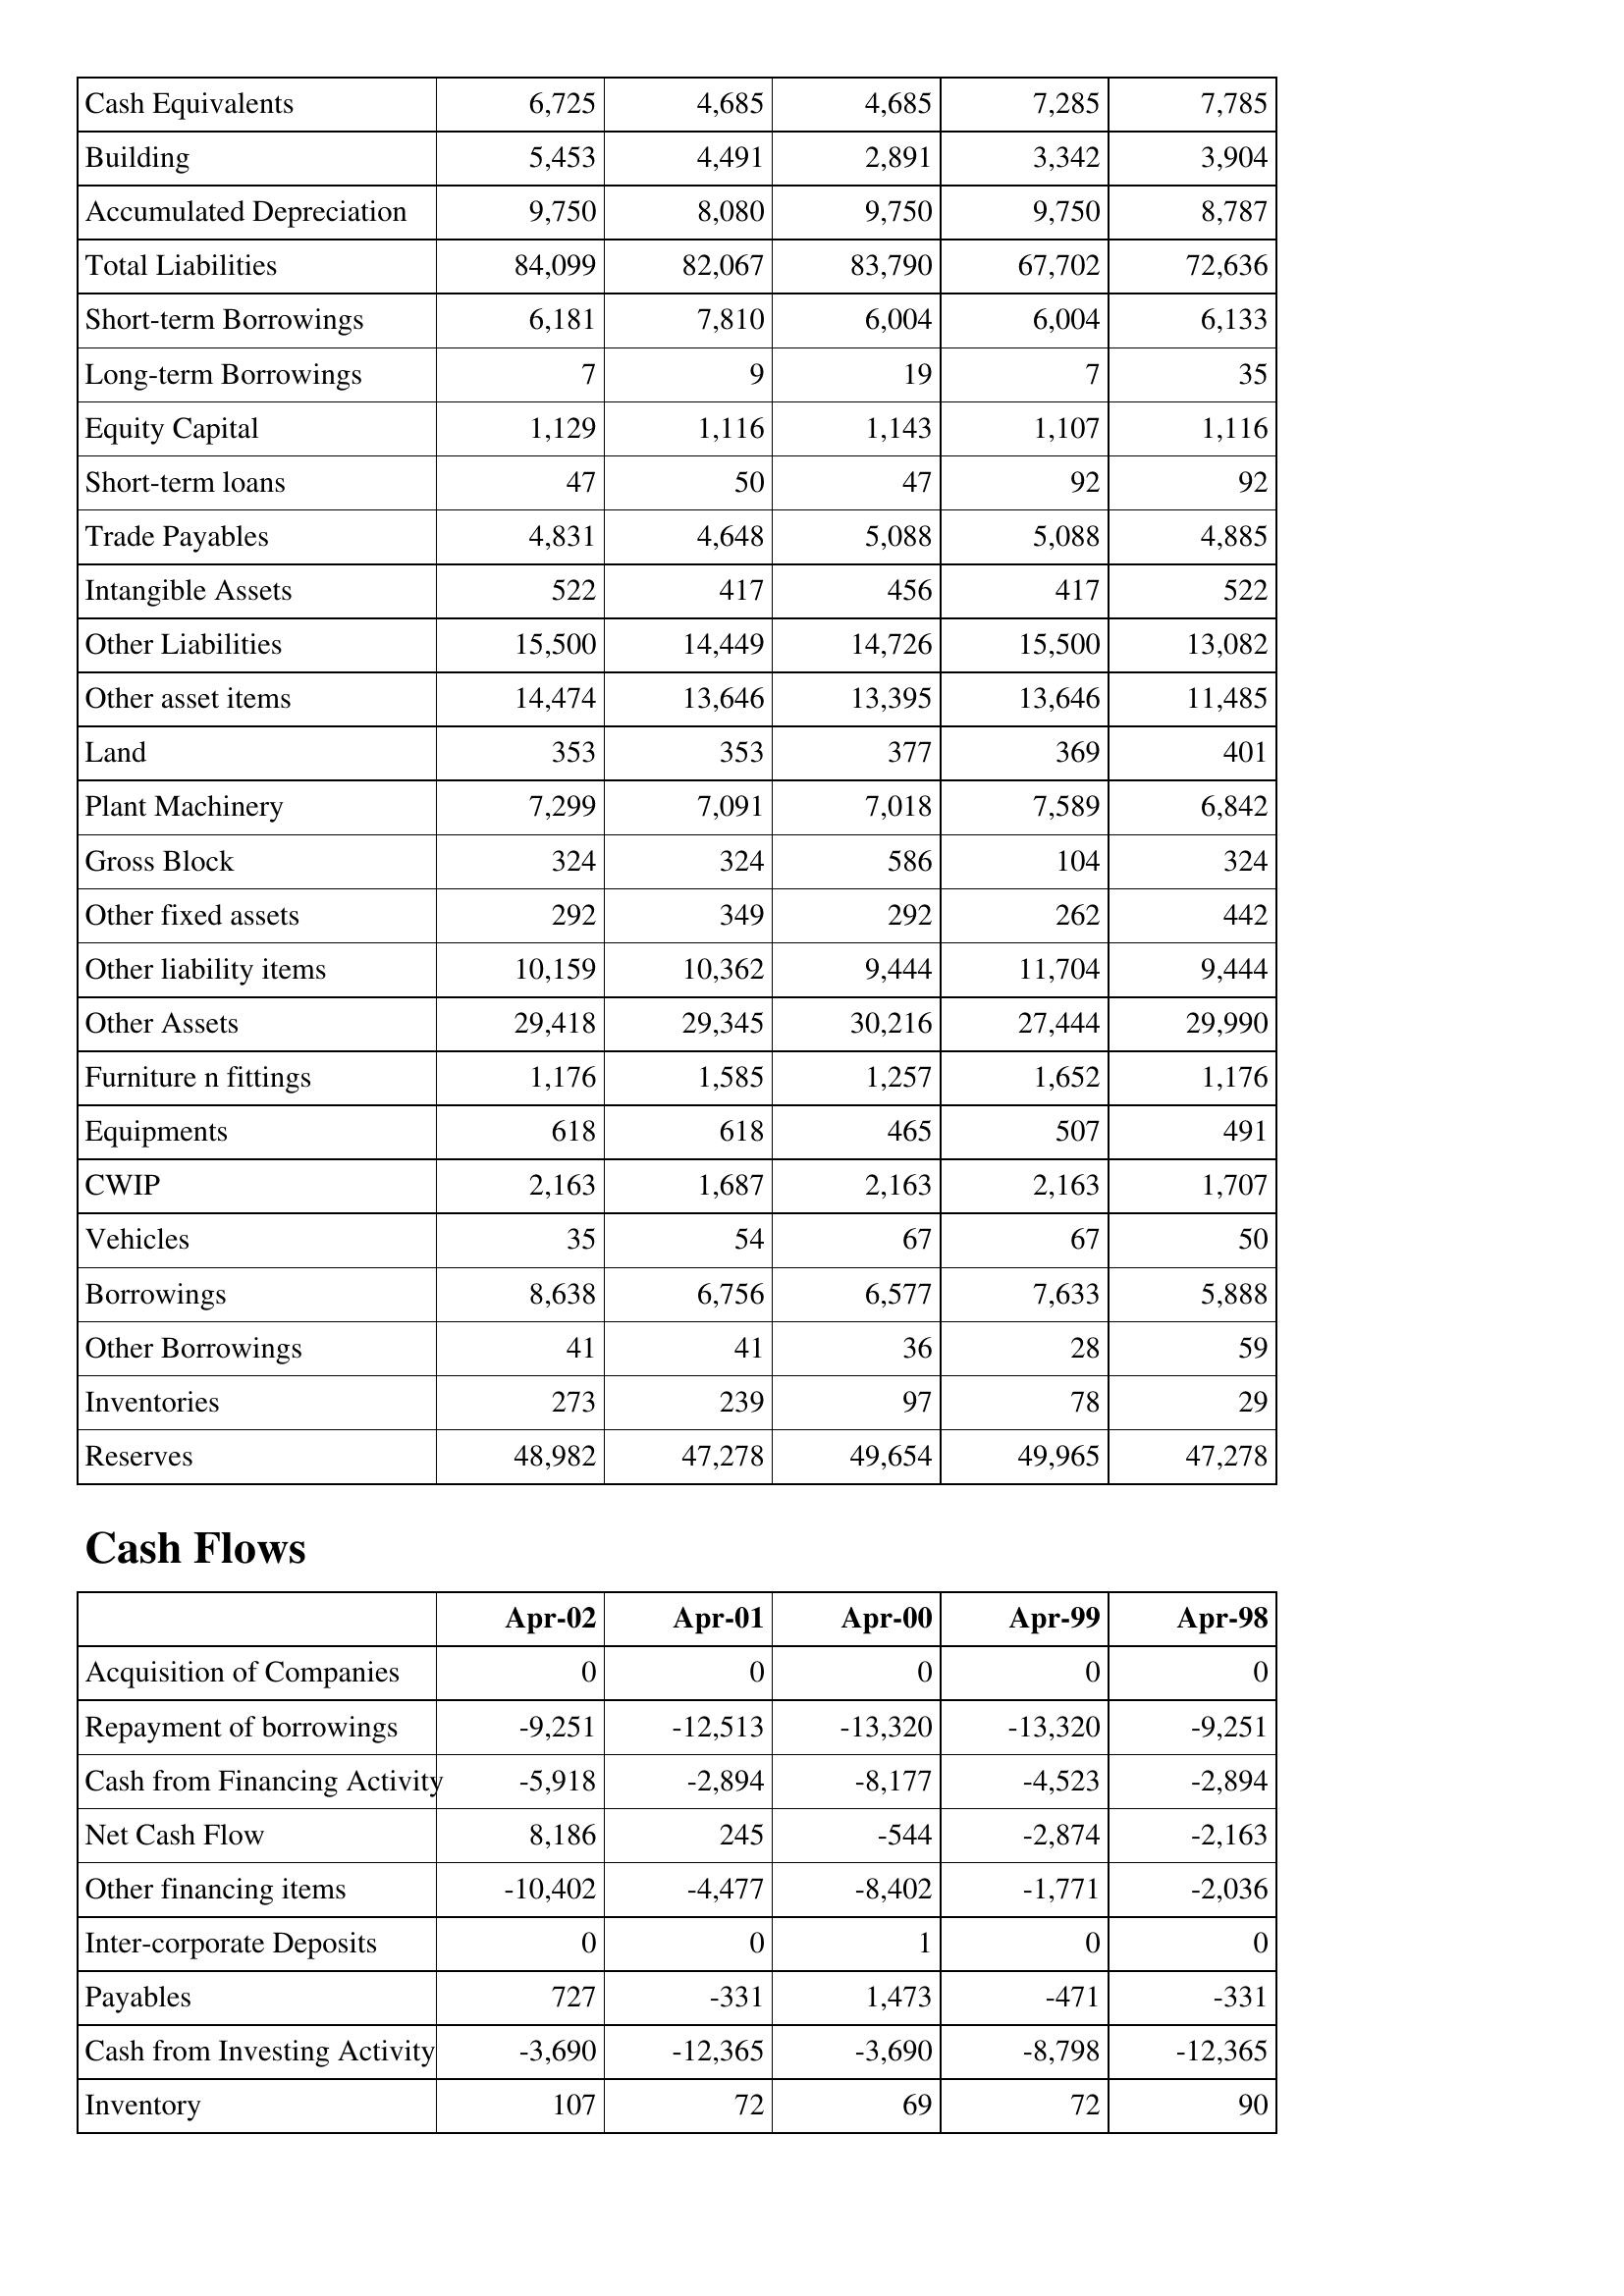
Apr-02: Balance Sheet: Cash Equivalents: 6,725
Building: 5,453
Accumulated Depreciation: 9,750
Total Liabilities: 84,099
Short-term Borrowings: 6,181
Long-term Borrowings: 7
Equity Capital: 1,129
Short-term loans: 47
Trade Payables: 4,831
Intangible Assets: 522
Other Liabilities: 15,500
Other asset items: 14,474
Land: 353
Plant Machinery: 7,299
Gross Block: 324
Other fixed assets: 292
Other liability items: 10,159
Other Assets: 29,418
Furniture n fittings: 1,176
Equipments: 618
CWIP: 2,163
Vehicles: 35
Borrowings: 8,638
Other Borrowings: 41
Inventories: 273
Reserves: 48,982
Cash Flows: Acquisition of Companies: 0
Repayment of borrowings: -9,251
Cash from Financing Activity: -5,918
Net Cash Flow: 8,186
Other financing items: -10,402
Inter-corporate Deposits: 0
Payables: 727
Cash from Investing Activity: -3,690
Inventory: 107
Apr-01: Balance Sheet: Cash Equivalents: 4,685
Building: 4,491
Accumulated Depreciation: 8,080
Total Liabilities: 82,067
Short-term Borrowings: 7,810
Long-term Borrowings: 9
Equity Capital: 1,116
Short-term loans: 50
Trade Payables: 4,648
Intangible Assets: 417
Other Liabilities: 14,449
Other asset items: 13,646
Land: 353
Plant Machinery: 7,091
Gross Block: 324
Other fixed assets: 349
Other liability items: 10,362
Other Assets: 29,345
Furniture n fittings: 1,585
Equipments: 618
CWIP: 1,687
Vehicles: 54
Borrowings: 6,756
Other Borrowings: 41
Inventories: 239
Reserves: 47,278
Cash Flows: Acquisition of Companies: 0
Repayment of borrowings: -12,513
Cash from Financing Activity: -2,894
Net Cash Flow: 245
Other financing items: -4,477
Inter-corporate Deposits: 0
Payables: -331
Cash from Investing Activity: -12,365
Inventory: 72
Apr-00: Balance Sheet: Cash Equivalents: 4,685
Building: 2,891
Accumulated Depreciation: 9,750
Total Liabilities: 83,790
Short-term Borrowings: 6,004
Long-term Borrowings: 19
Equity Capital: 1,143
Short-term loans: 47
Trade Payables: 5,088
Intangible Assets: 456
Other Liabilities: 14,726
Other asset items: 13,395
Land: 377
Plant Machinery: 7,018
Gross Block: 586
Other fixed assets: 292
Other liability items: 9,444
Other Assets: 30,216
Furniture n fittings: 1,257
Equipments: 465
CWIP: 2,163
Vehicles: 67
Borrowings: 6,577
Other Borrowings: 36
Inventories: 97
Reserves: 49,654
Cash Flows: Acquisition of Companies: 0
Repayment of borrowings: -13,320
Cash from Financing Activity: -8,177
Net Cash Flow: -544
Other financing items: -8,402
Inter-corporate Deposits: 1
Payables: 1,473
Cash from Investing Activity: -3,690
Inventory: 69
Apr-99: Balance Sheet: Cash Equivalents: 7,285
Building: 3,342
Accumulated Depreciation: 9,750
Total Liabilities: 67,702
Short-term Borrowings: 6,004
Long-term Borrowings: 7
Equity Capital: 1,107
Short-term loans: 92
Trade Payables: 5,088
Intangible Assets: 417
Other Liabilities: 15,500
Other asset items: 13,646
Land: 369
Plant Machinery: 7,589
Gross Block: 104
Other fixed assets: 262
Other liability items: 11,704
Other Assets: 27,444
Furniture n fittings: 1,652
Equipments: 507
CWIP: 2,163
Vehicles: 67
Borrowings: 7,633
Other Borrowings: 28
Inventories: 78
Reserves: 49,965
Cash Flows: Acquisition of Companies: 0
Repayment of borrowings: -13,320
Cash from Financing Activity: -4,523
Net Cash Flow: -2,874
Other financing items: -1,771
Inter-corporate Deposits: 0
Payables: -471
Cash from Investing Activity: -8,798
Inventory: 72
Apr-98: Balance Sheet: Cash Equivalents: 7,785
Building: 3,904
Accumulated Depreciation: 8,787
Total Liabilities: 72,636
Short-term Borrowings: 6,133
Long-term Borrowings: 35
Equity Capital: 1,116
Short-term loans: 92
Trade Payables: 4,885
Intangible Assets: 522
Other Liabilities: 13,082
Other asset items: 11,485
Land: 401
Plant Machinery: 6,842
Gross Block: 324
Other fixed assets: 442
Other liability items: 9,444
Other Assets: 29,990
Furniture n fittings: 1,176
Equipments: 491
CWIP: 1,707
Vehicles: 50
Borrowings: 5,888
Other Borrowings: 59
Inventories: 29
Reserves: 47,278
Cash Flows: Acquisition of Companies: 0
Repayment of borrowings: -9,251
Cash from Financing Activity: -2,894
Net Cash Flow: -2,163
Other financing items: -2,036
Inter-corporate Deposits: 0
Payables: -331
Cash from Investing Activity: -12,365
Inventory: 90